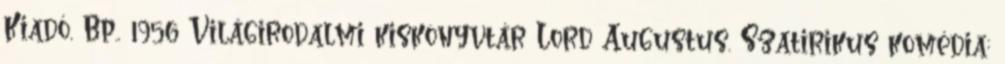
Kiadó, Bp., 1956 Világirodalmi kiskönyvtár Lord Augustus. Szatirikus komédia;